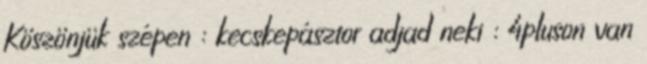
Köszönjük szépen : kecskepásztor adjad neki : 4pluson van